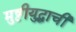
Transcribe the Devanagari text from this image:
मुष्टीयुद्धाची